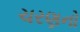
ચરણનો